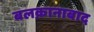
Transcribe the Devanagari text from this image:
बलक़ानाबाद